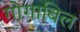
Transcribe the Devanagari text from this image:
गोगाबिल